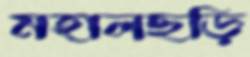
মহালছড়ি